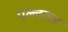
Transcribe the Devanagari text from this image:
पल्लकड